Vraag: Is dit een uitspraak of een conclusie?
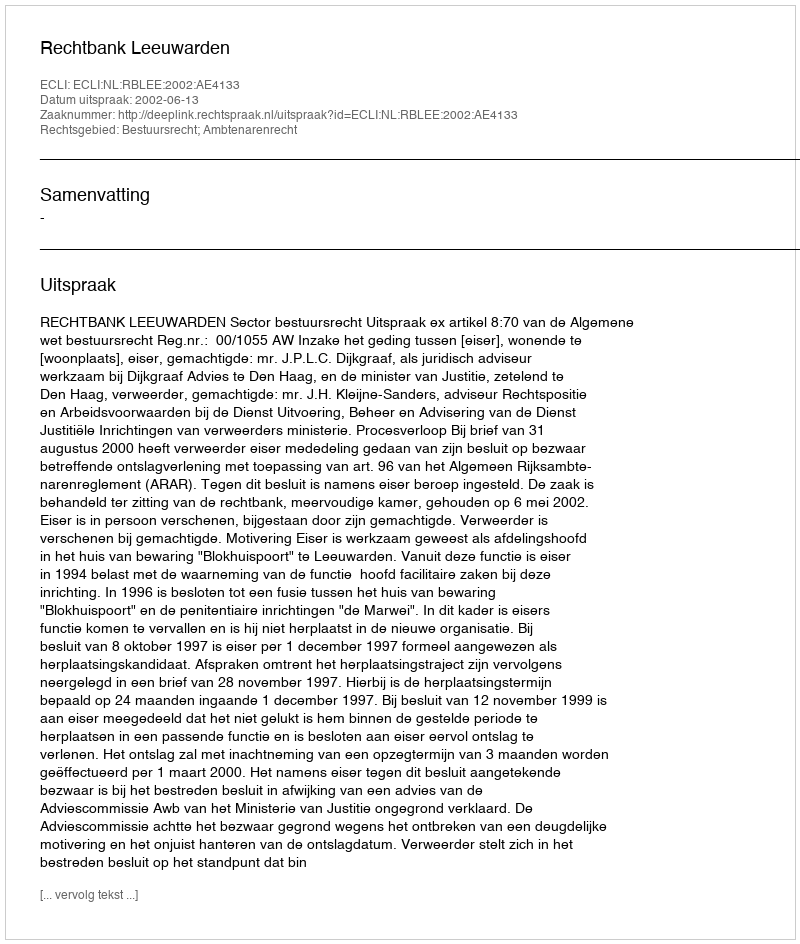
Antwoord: Uitspraak